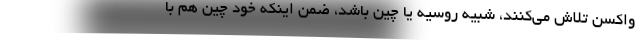
واکسن تلاش می‌کنند، شبیه روسیه یا چین باشد، ضمن اینکه خود چین هم با